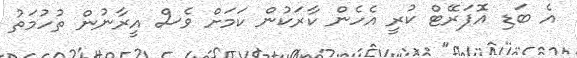
އެ ބަޑި އޮޕަރޭޓް ކުރީ އެހެން ކާރަކުން ކަމަށް ވެސް އީރާނުން ތުހުމަތު